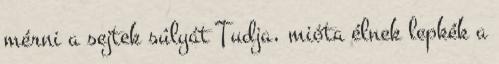
mérni a sejtek súlyát Tudja, mióta élnek lepkék a